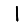
Digit: 1